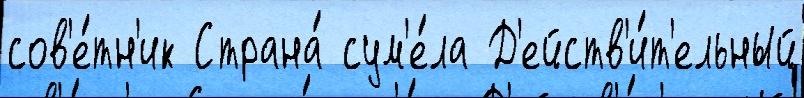
сов'е́тн'ик Страна́ сум'е́ла Д'ейств'и́т'ельный